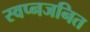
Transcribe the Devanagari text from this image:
स्वप्नजनित